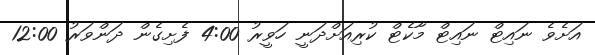
އަށެވެ ނައިޓް ނައިޓް މާކެޓް ކުރިއަށްދަނީ ހަވީރު 4:00 ފެށިގެން ދަންވަރު 12:00